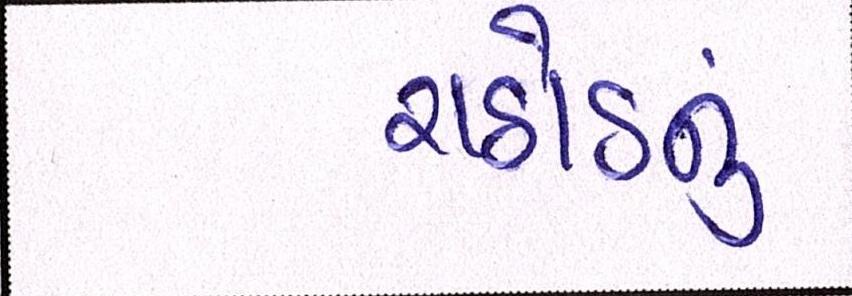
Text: રાઠોડનું